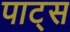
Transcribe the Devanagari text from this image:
पाट्स